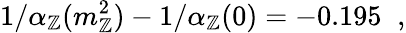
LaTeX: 1/\alpha_{\mathbb{Z}}(m_{\mathbb{Z}}^{2})-1/\alpha_{\mathbb{Z}}(0)=-0.195\; \; ,